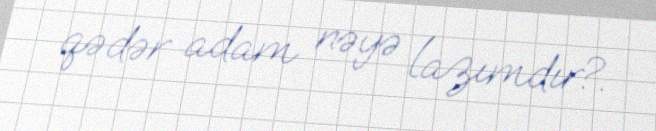
qədər adam nəyə lazımdır?.